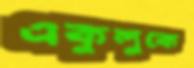
একুলুকে